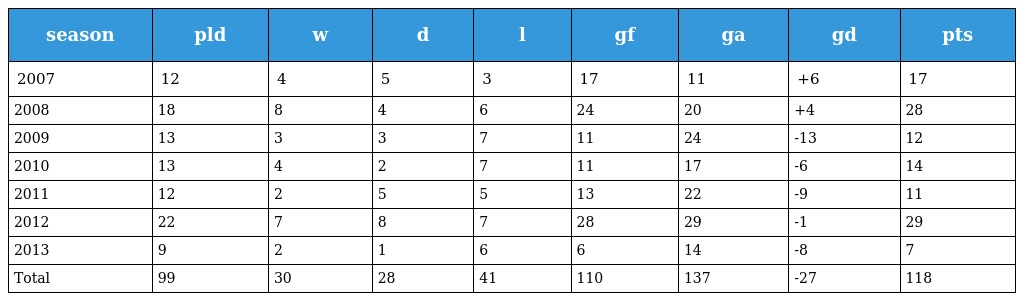
| season | pld | w | d | l | gf | ga | gd | pts |
 | --- | --- | --- | --- | --- | --- | --- | --- | --- |
 | 2007 | 12 | 4 | 5 | 3 | 17 | 11 | +6 | 17 |
 | 2008 | 18 | 8 | 4 | 6 | 24 | 20 | +4 | 28 |
 | 2009 | 13 | 3 | 3 | 7 | 11 | 24 | -13 | 12 |
 | 2010 | 13 | 4 | 2 | 7 | 11 | 17 | -6 | 14 |
 | 2011 | 12 | 2 | 5 | 5 | 13 | 22 | -9 | 11 |
 | 2012 | 22 | 7 | 8 | 7 | 28 | 29 | -1 | 29 |
 | 2013 | 9 | 2 | 1 | 6 | 6 | 14 | -8 | 7 |
 | Total | 99 | 30 | 28 | 41 | 110 | 137 | -27 | 118 |